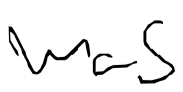
Text: was
Cross-out: clean
Writing tool: digital_black